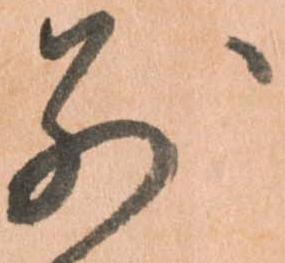
別